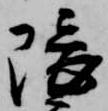
隈